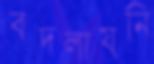
বদলায়নি